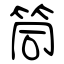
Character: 筒